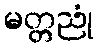
မတ္တညုံ